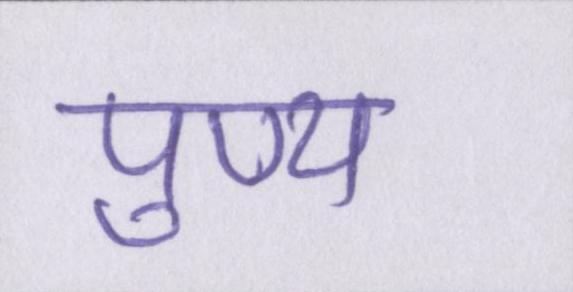
पुण्य